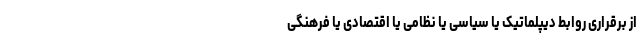
از برقراری روابط دیپلماتیک یا سیاسی یا نظامی یا اقتصادی یا فرهنگی